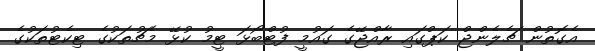
އެގޮތުން ޗެލެންޖް ކަޕްގައި ރާއްޖޭގެ ގައުމީ ފުޓްބޯޅަ ޓީމު ކުޅޭ މެޗުތަކުގެ ޓިކެޓުތަކުގެ